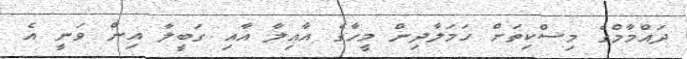
ދައްމާމްގެ މިސްކިތަށް ހަމަލާދިން މީހާގެ އާއިލާ އާއި ގަބީލާ އިން ވަނީ އެ